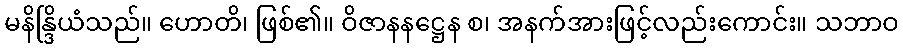
မနိန္ဒြိယံသည်။ ဟောတိ၊ ဖြစ်၏။ ဝိဇာနနဋ္ဌေန စ၊ အနက်အားဖြင့်လည်းကောင်း။ သဘာဝ